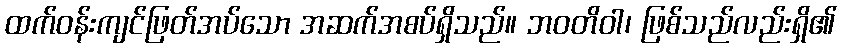
ထက်ဝန်းကျင်ဖြတ်အပ်သော အဆက်အစပ်ရှိသည်။ ဘဝတိဝါ၊ ဖြစ်သည်လည်းရှိ၏